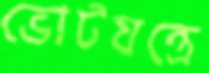
ভোটযন্ত্রে